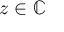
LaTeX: z \in \mathbb { C }